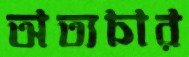
অত্যচার